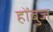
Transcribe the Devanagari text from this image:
होंबुज